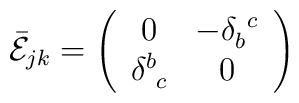
\bar{\cal E}_{jk}=\left(\begin{array}{cc}                     0& -\delta_{b}^{~c}\\                 \delta^{b}_{~c}&0                    \end{array}\right)